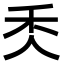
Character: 秂